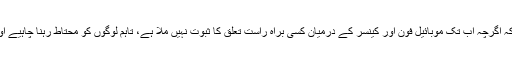
رپورٹ مرتب کرنے والے ماہرین نے یہ بھی کہا ہے کہ اگرچہ اب تک موبائیل فون اور کینسر کے درمیان کسی براہِ راست تعلق کا ثبوت نہیں ملا ہے، تاہم لوگوں کو محتاط رہنا چاہیے اور موبائل فون پر اپنی بات چیت مختصر رکھنی چاہیے۔